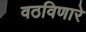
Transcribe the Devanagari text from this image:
वठविणारे